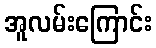
အူလမ်းကြောင်း